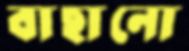
বাছানো